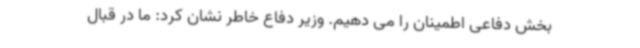
بخش دفاعی اطمینان را می دهیم. وزیر دفاع خاطر نشان کرد: ما در قبال